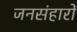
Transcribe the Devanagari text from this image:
जनसंहारों